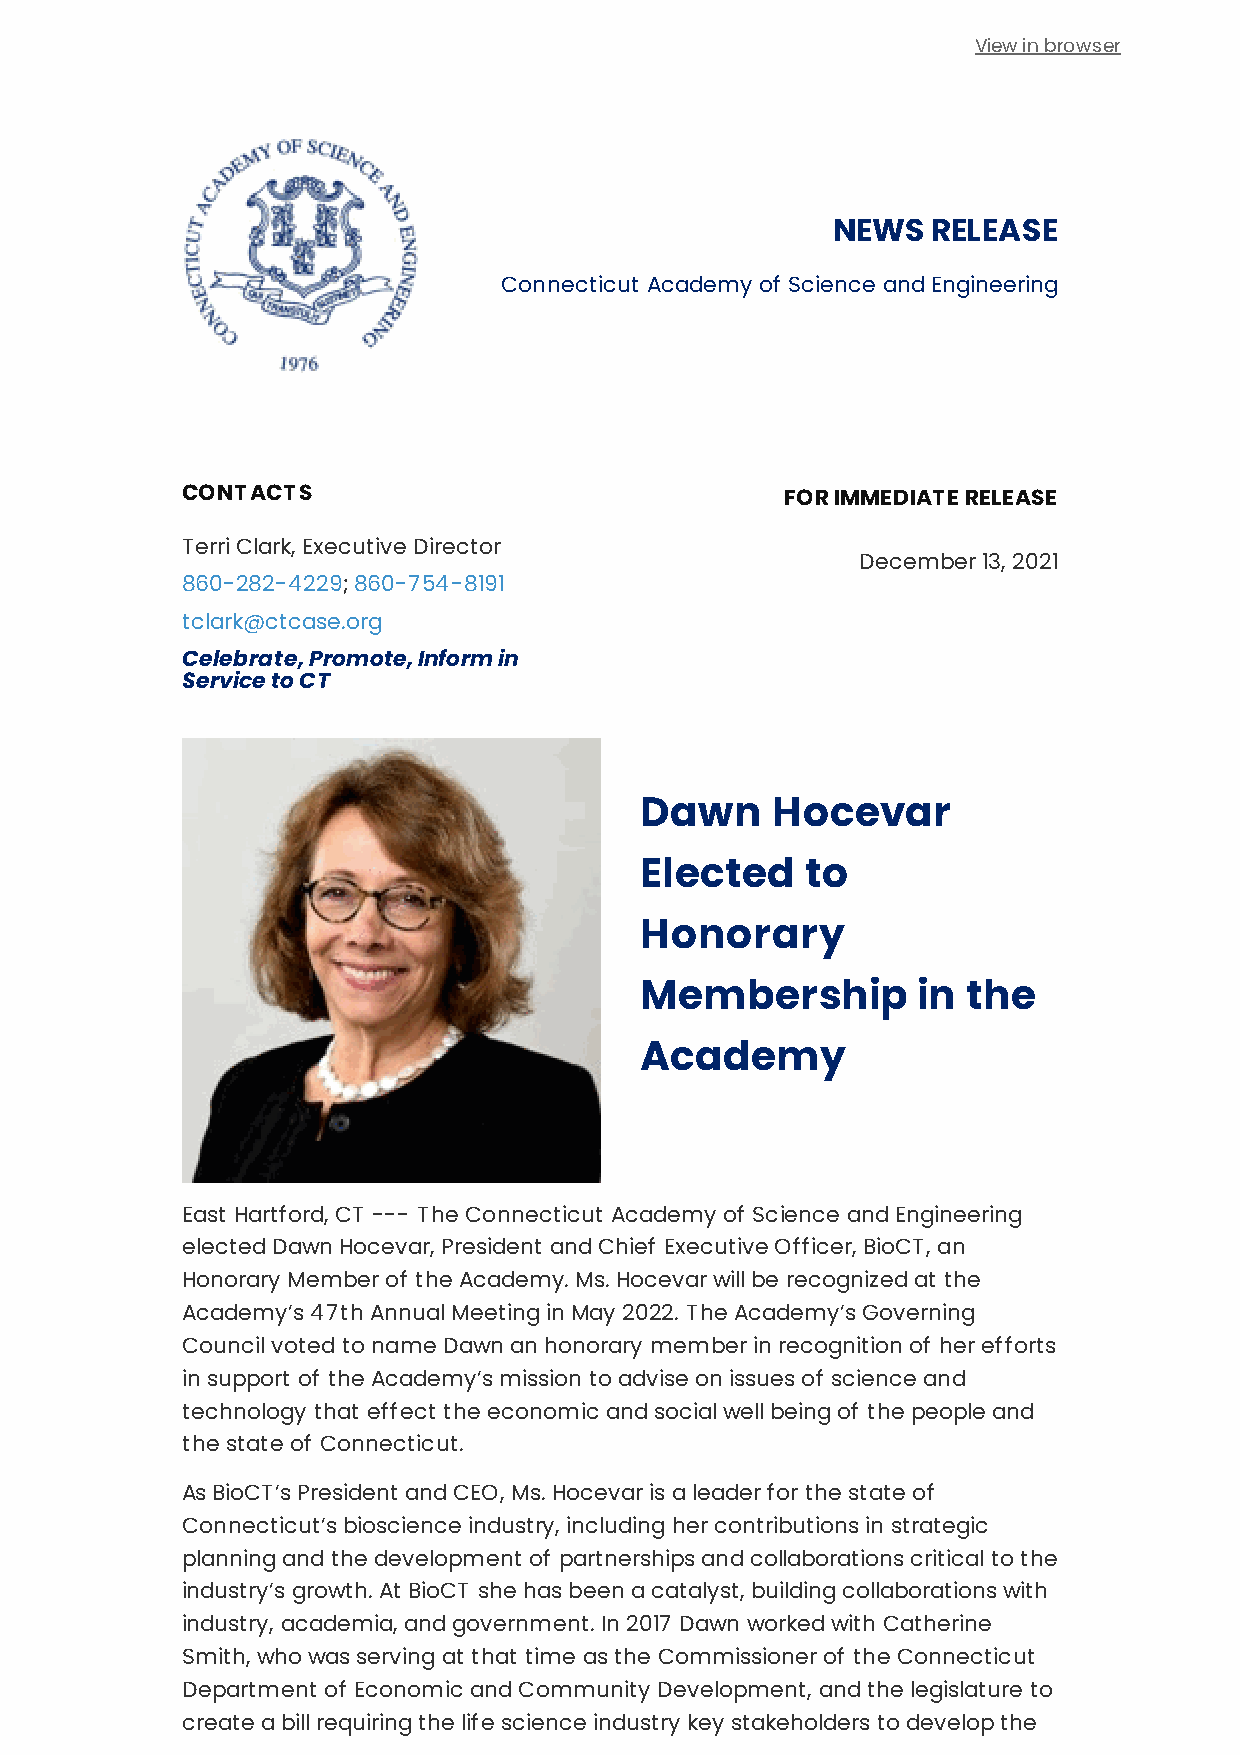
View in browser
 NEWS   RELEASE
 Connecticut Academy of Science and Engineering
 CONTACTS                                FOR IMMEDIATE RELEASE
 Terri Clark, Executive Director
 December 13, 2021
 860-282-4229; 860-754-8191
 tclark@ctcase.org
 Celebrate, Promote, Inform in
 Service to CT
 Dawn     Hocevar
 Elected    to
 Honorary
 Membership         in the
 Academy
 East Hartford, CT --- The Connecticut Academy of Science and Engineering
 elected Dawn Hocevar, President and Chief Executive Officer, BioCT, an
 Honorary Member of the Academy. Ms. Hocevar will be recognized at the
 Academy’s 47th Annual Meeting in May 2022. The Academy’s Governing
 Council voted to name Dawn an honorary member in recognition of her efforts
 in support of the Academy’s mission to advise on issues of science and
 technology that effect the economic and social well being of the people and
 the state of Connecticut.
 As BioCT’s President and CEO, Ms. Hocevar is a leader for the state of
 Connecticut’s bioscience industry, including her contributions in strategic
 planning and the development of partnerships and collaborations critical to the
 industry’s growth. At BioCT she has been a catalyst, building collaborations with
 industry, academia, and government. In 2017 Dawn worked with Catherine
 Smith, who was serving at that time as the Commissioner of the Connecticut
 Department of Economic and Community Development, and the legislature to
 create a bill requiring the life science industry key stakeholders to develop the